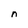
Character: n